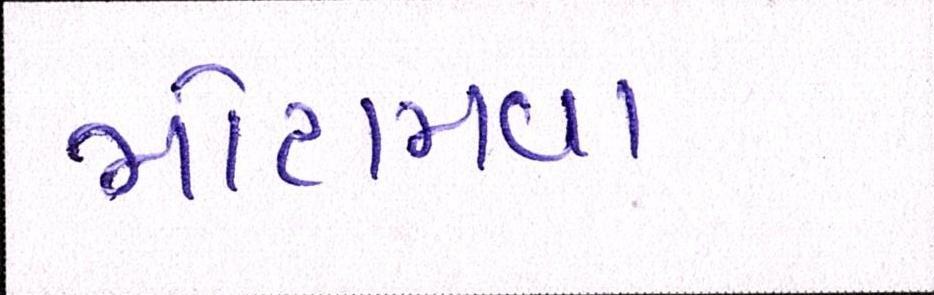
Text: મોટામવા